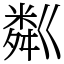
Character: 粼